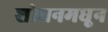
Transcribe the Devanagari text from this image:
शोधनमधून